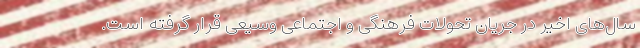
سال‌های اخیر در جریان تحولات فرهنگی و اجتماعی وسیعی قرار گرفته است.